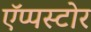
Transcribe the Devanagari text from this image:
ऍप्पस्टोर